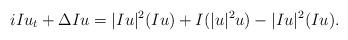
LaTeX: \begin{align*}i Iu_{t} + \Delta Iu = |Iu|^{2} (Iu) + I(|u|^{2} u) - |Iu|^{2} (Iu).\end{align*}